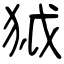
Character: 狘